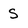
Character: S